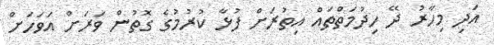
އަދި މިހާރު ދޭ ހިދުމަތްތައް އިތުރަށް ފުޅާ ކުރުމުގެ ގޮތުން ވަރަށް އަވަހަށް